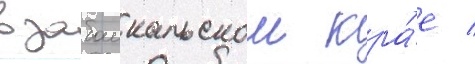
в забаикальском кра́е /